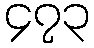
၄၇၃